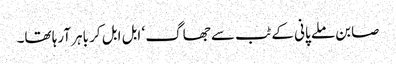
صابن ملے پانی کے ٹب سے جھاگ ‘ ابل ابل کر باہر آرہا تھا۔